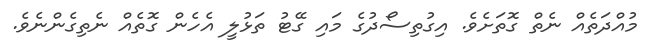
މުއްދަތެއް ނެތް ގޮތަށެވެ. އިގުތިސޯދުގެ މައި ގޭޓު ތަޅުލީ އެހެން ގޮތެއް ނެތިގެންނެވެ.